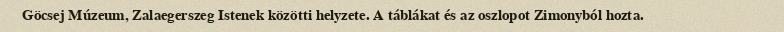
Göcsej Múzeum, Zalaegerszeg Istenek közötti helyzete. A táblákat és az oszlopot Zimonyból hozta.